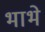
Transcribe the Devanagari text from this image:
भाभे